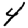
Digit: 4